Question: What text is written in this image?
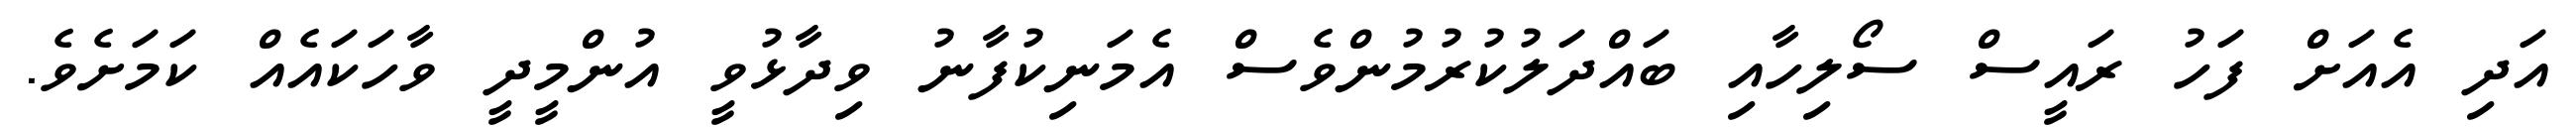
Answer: އަދި އެއަށް ފަހު ރައީސް ސޯލިހާއި ބައްދަލުކުރުމުންވެސް އެމަނިކުފާނު ވިދާޅުވީ އުންމީދީ ވާހަކައެއް ކަމަށެވެ.